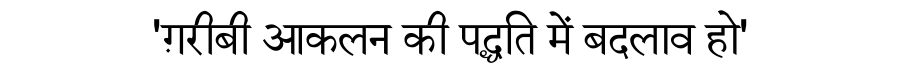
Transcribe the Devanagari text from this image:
'ग़रीबी आकलन की पद्धति में बदलाव हो'